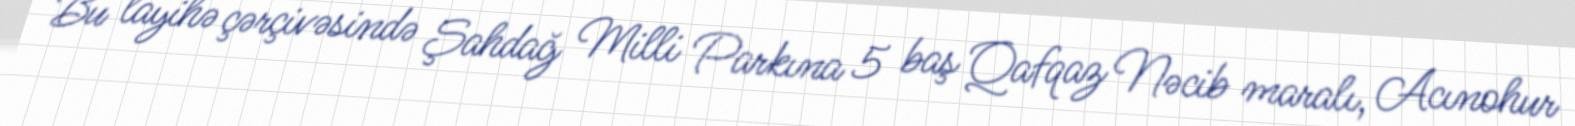
Bu layihə çərçivəsində Şahdağ Milli Parkına 5 baş Qafqaz Nəcib maralı, Acınohur